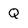
Character: Q